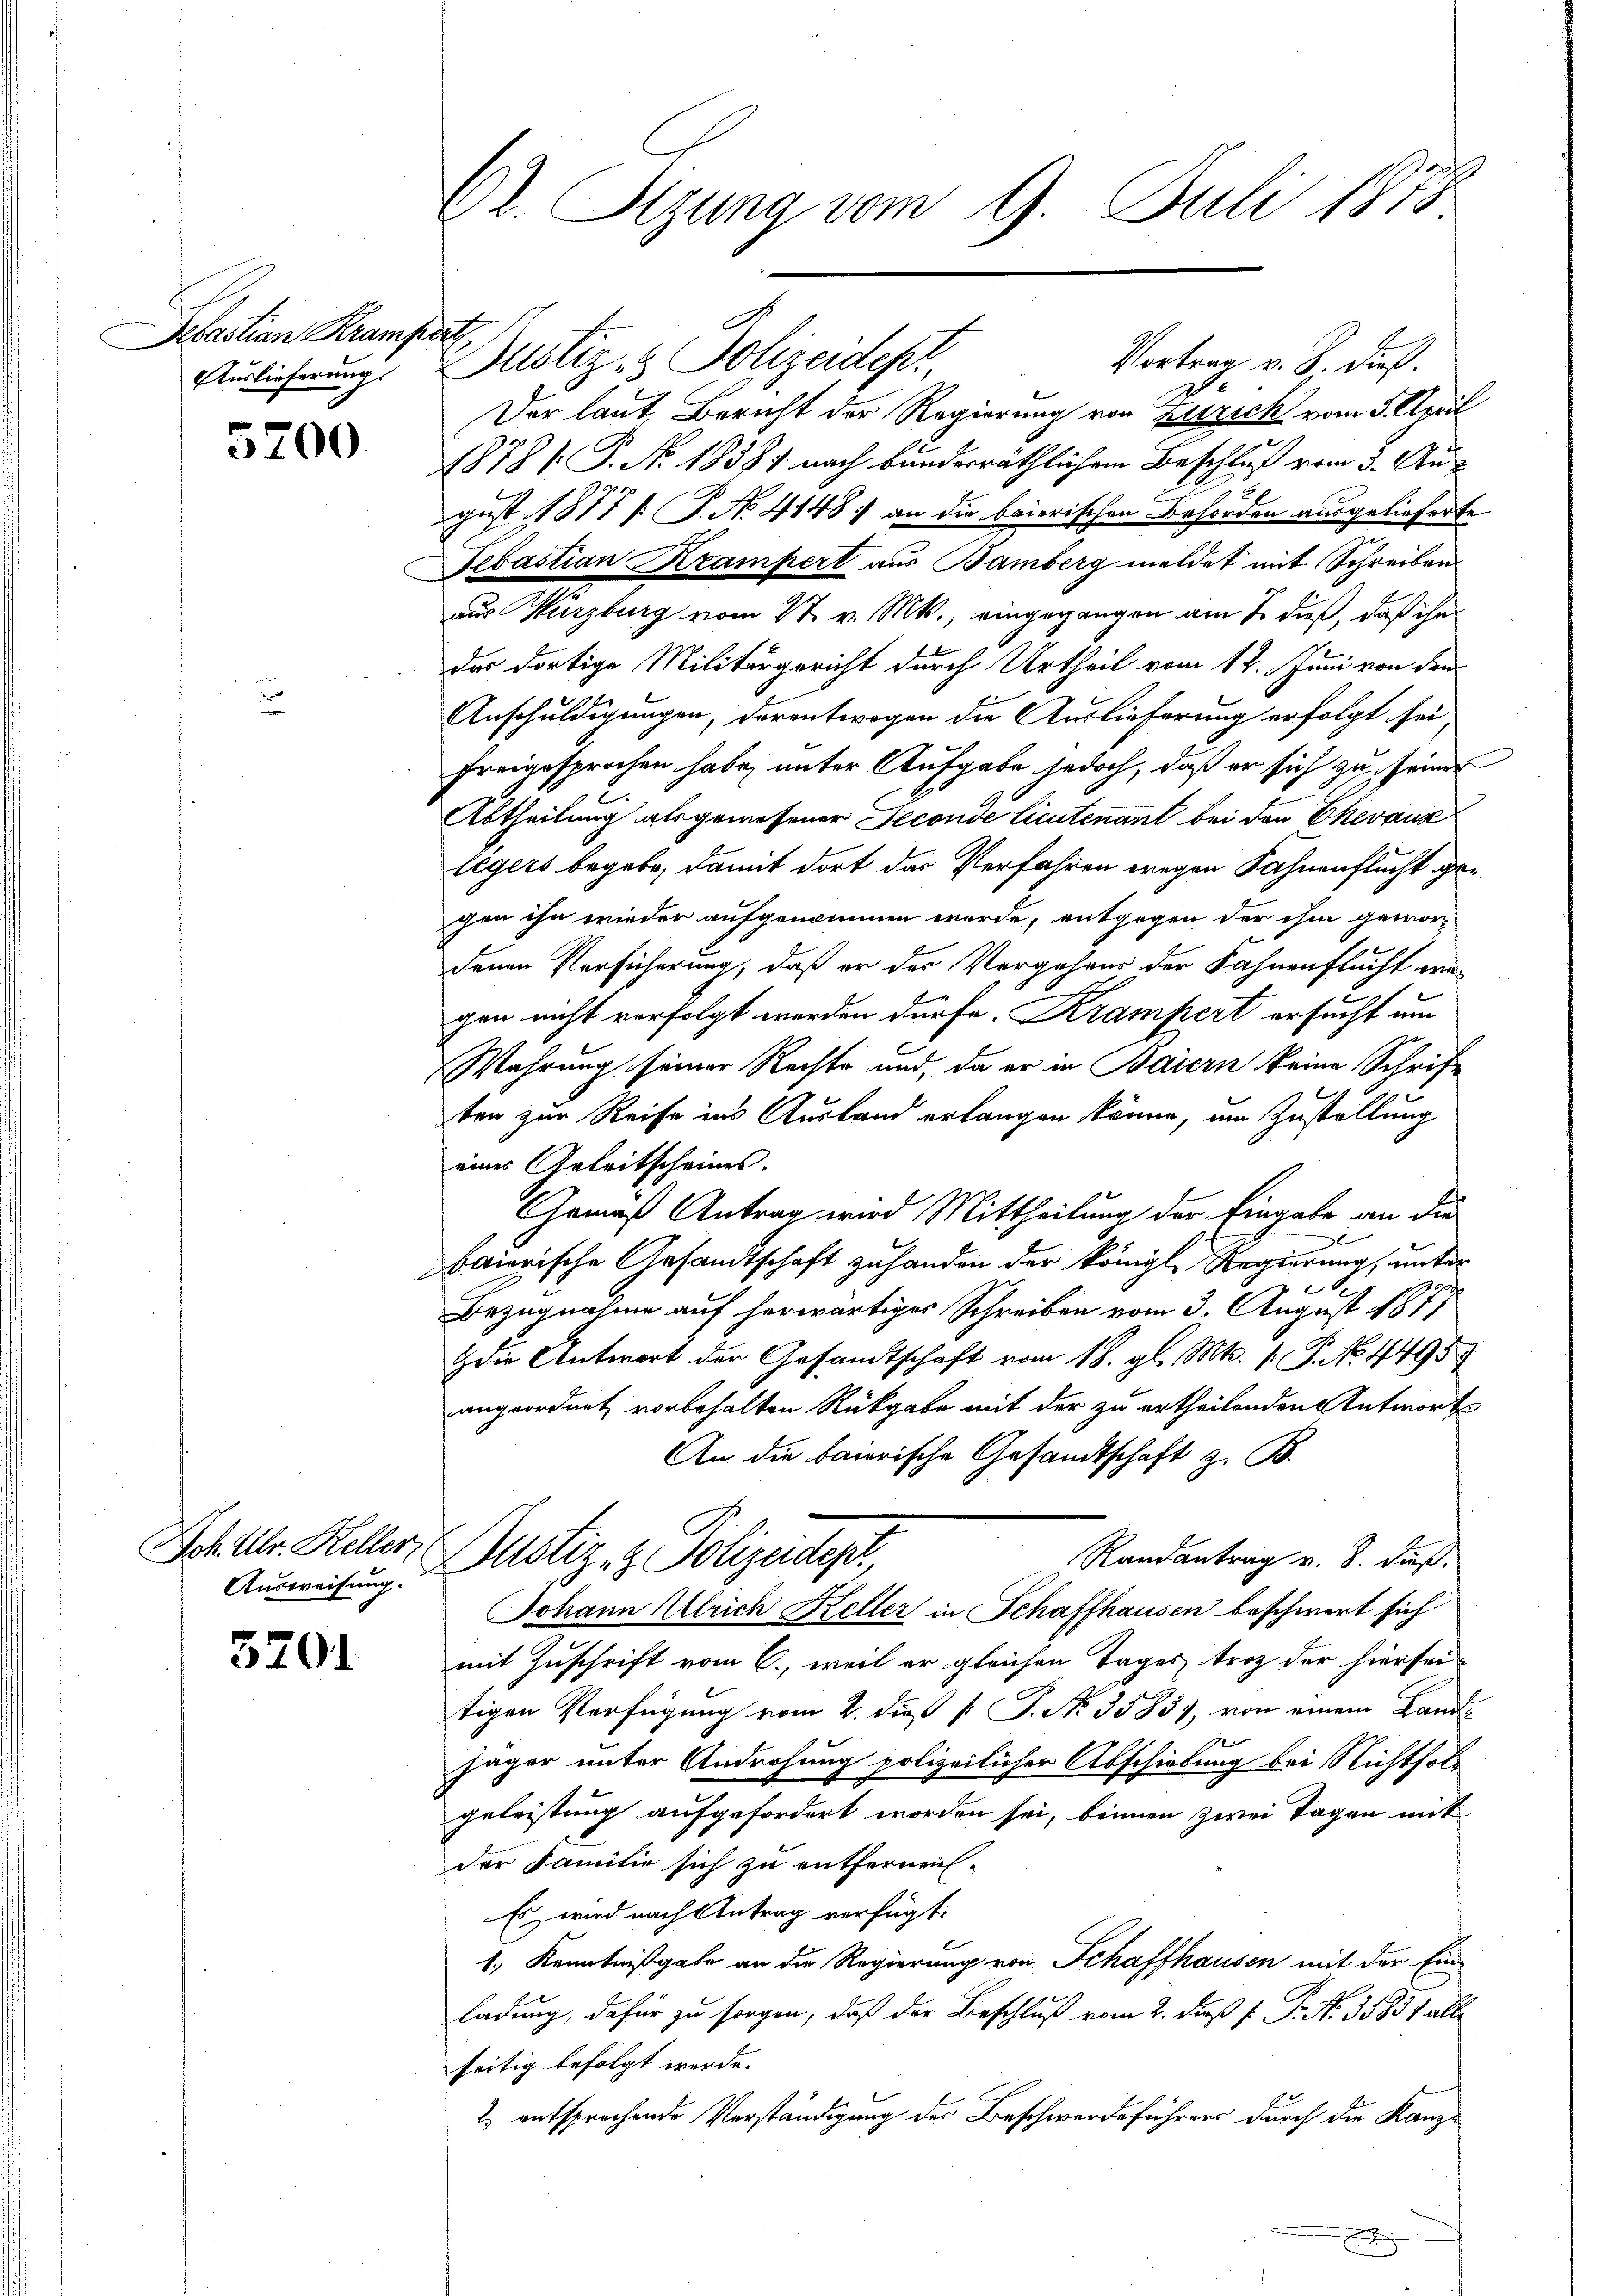
Debastian Krampert
Auslieferung.

5200

Ich. Ulr. Keller
Ausweisung.

3201

Dr. Sitzung vom 9. Juli 1873

Zustiz & Polizeidepr
Vortrag v. 8. dieß.
F
Der laut Bericht der Regierung von Zurick vom 5. April
1878 / P. Nr. 18381 nach bunderräthlichem Beschluß vom 3. August 1877 /: P. No. 4148) an die baierischen Behörden ausgelieferte
Sebastian Krampert aus Bamberg meldet mit Schreiben.
aus Würzburg vom 27. v. Mts., eingegangen am 2. dieß, daß ihn
das dortige Militärgericht durch Urtheil vom 12. Juni von den
Anschuldigungen, derentwegen die Auslieferung erfolgt sei
freigesprochen habe, unter Aufgabe jedoch, daß er sich zu seiner
Abtheilung als gewesener Jeconde Lieutenant bei den Chevaux
Legers begebe, damit dort das Verfahren wegen Fahnenflucht gegen ihn wieder aufgenommen werde, entgegen der ihm gewor-
denen Versicherung, daß er des Vergehens der Fahnenflucht wagen nicht verfolgt werden dürfe. Krampert ersucht um
Wahrung seiner Rechte und, da er in Baiern keine Schrif-
ten zur Reise ins Ausland erlangen könne, im Zustellung
eines Geleitscheines.
Gemäß Antrag wird Mittheilung der Eingabe an die
baierische Gesandtschaft zu handen der königl. Regierung, unter
Bezugnahme auf herwärtiges Schreiben vom 3. August 1871
die Antwort der Gesandtschaft vom 18. gl. Mts. 1. P. No. 4495
angeordnet vorbehalten Rückgabe mit der zu ertheilenden Antworte
An die baierische Gesandtschaft z. B.
Randantrag v. 8. dieß.
ustiz- & Polizeidep
Johann Ulrich Keller in Schaffhausen beschwert sich
mit Zuschrift vom 6., weil er gleichen Tages trotz der hierseitigen Verfügung vom 2. di p. P. No. 35857, von einem Land¬
Jäger unter Androhung polizeilicher Abschiebung bei Nichtholgeleistung aufgefordert worden sei, binnen zwei Tagen mit
der Familie sich zu entfernen-
Es wird nach Antrag verfügt:
1., Kenntnißgabe an die Regierung von Schaffhausen mit der Ein-
ladung, dafür zu sorgen, daß der Beschluß vom 2. dieß P. P. N. 35831. allseitig befolgt werde.
2. entsprochende Verständigung des Beschwerdeführers durch die Kanz¬

¬